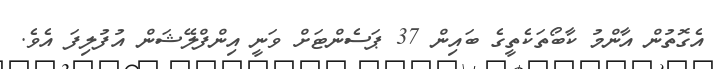
އެގޮތުން އާންމު ކާބޯތަކެތީގެ ބައިން 37 ޕަސެންޓަށް ވަނީ އިންފްލޭޝަން އުފުލިފަ އެވެ.